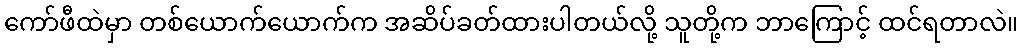
ကော်ဖီထဲမှာ တစ်ယောက်ယောက်က အဆိပ်ခတ်ထားပါတယ်လို့ သူတို့က ဘာကြောင့် ထင်ရတာလဲ။